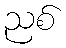
ညစ်